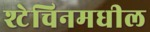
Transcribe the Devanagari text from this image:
श्टेचिनमधील